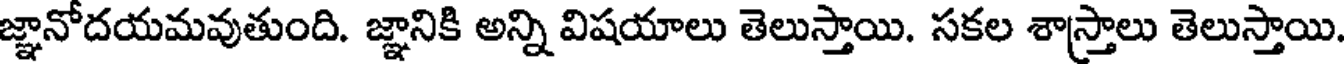
జ్ఞానోదయమవుతుంది. జ్ఞానికి అన్ని విషయాలు తెలుస్తాయి. సకల శాస్త్రాలు తెలుస్తాయి.